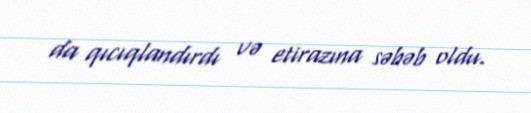
da qıcıqlandırdı və etirazına səbəb oldu.